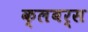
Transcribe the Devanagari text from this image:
क्लबर्स